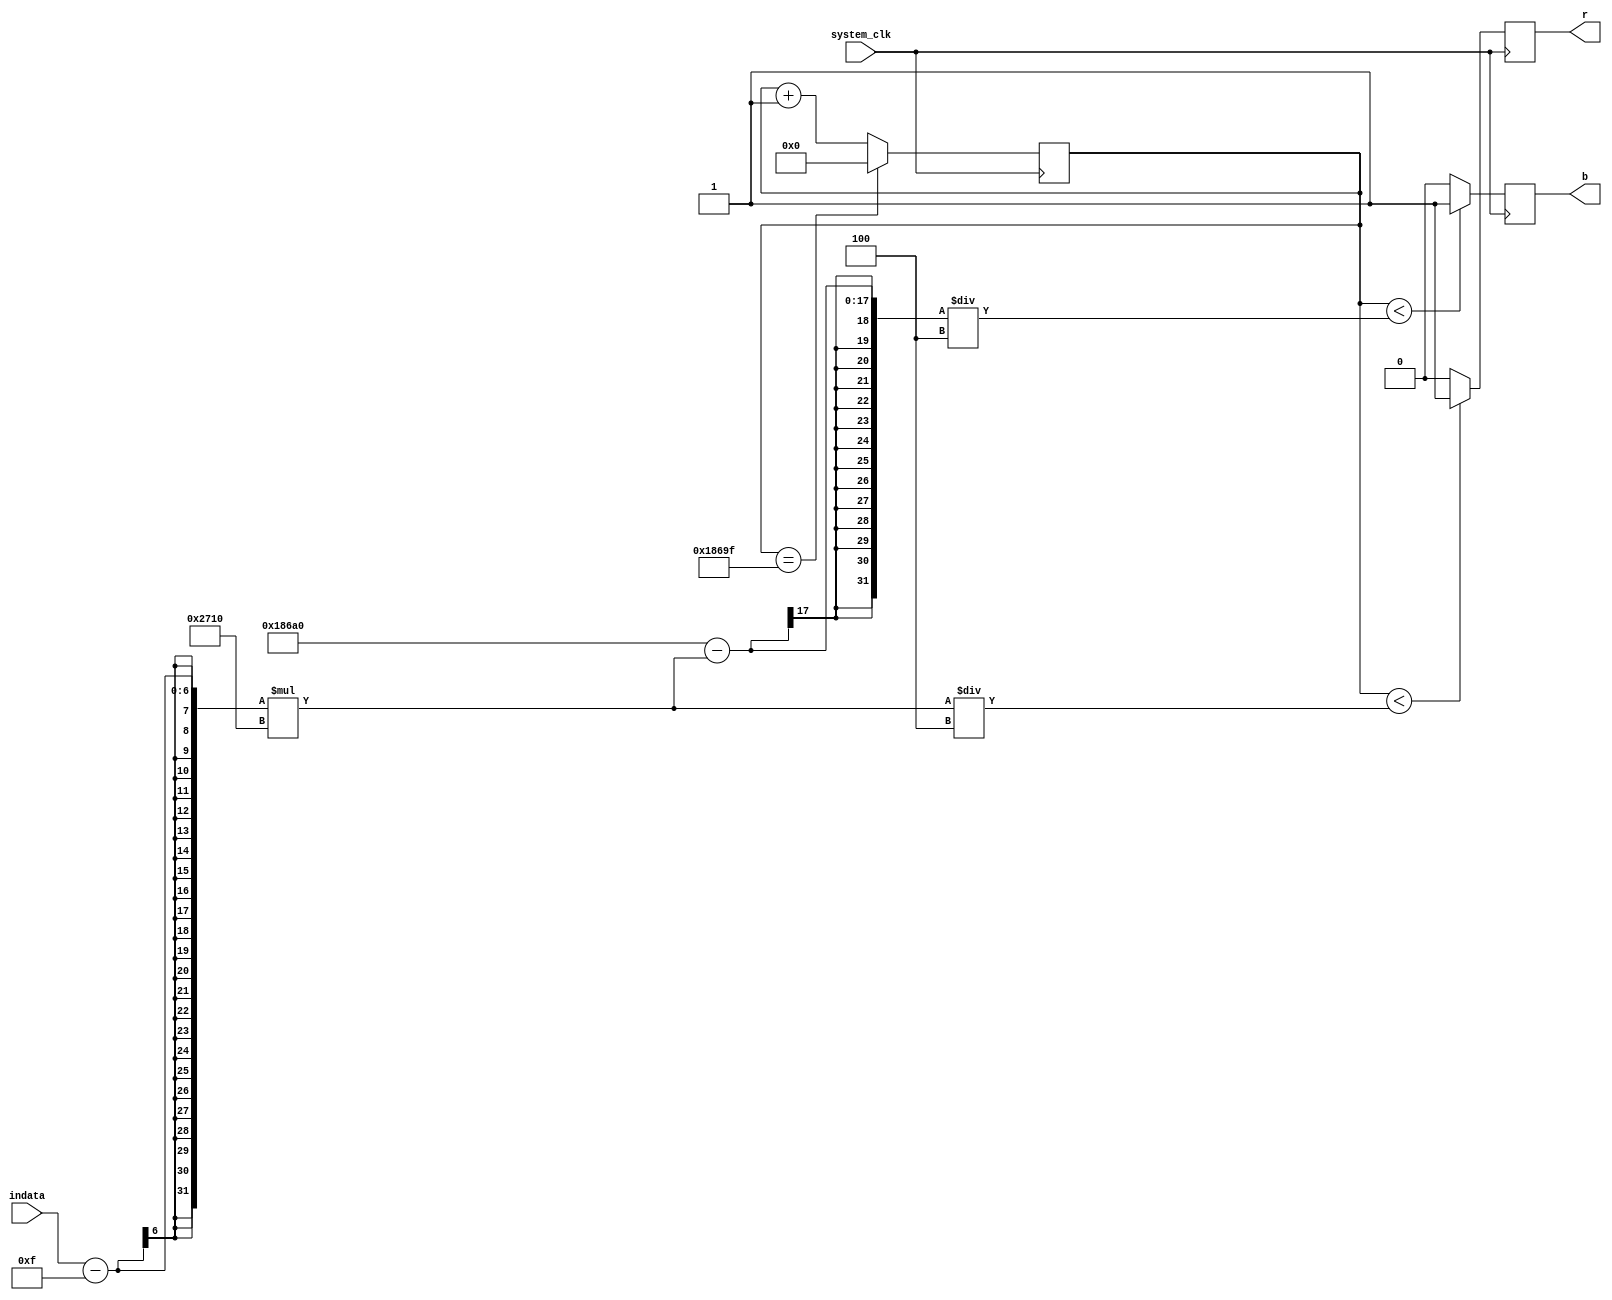
`timescale 1ns / 1ps
//////////////////////////////////////////////////////////////////////////////////
// Company: 
// Engineer: 
// 
// Design Name: 
// Module Name: RGB
// Project Name: 
// Target Devices: 
// Tool Versions: 
// Description: 
// 
// Dependencies: 
// 
// Revision:
// Revision 0.01 - File Created
// Additional Comments:
// 
//////////////////////////////////////////////////////////////////////////////////

module RGB(
    input wire system_clk,
    input wire [5:0] indata,
    output reg r,
    output reg b
    );
    wire sim_clk;
    parameter cycle=100000;
    /////
    parameter down_limit=15;
    parameter up_limit=25;
    reg [16:0] cnt=0;
    reg [16:0] up=0;
    always@(indata)begin
        up<=(indata-down_limit)*(cycle/(up_limit-down_limit));
    end
    always@(posedge system_clk)begin
        if(cnt==cycle-1)begin
            cnt<=0;
        end
        else begin
            cnt<=cnt+1;
        end
    end
    //r
    always@(posedge system_clk)begin
    if(cnt<up/4)begin
        r<=1;
    end
    else begin
        r<=0;
    end
    end
    //b
    always@(posedge system_clk)begin
    if(cnt<(cycle-up)/4)begin
        b<=1;
    end
    else begin
        b<=0;
    end
    end
endmodule